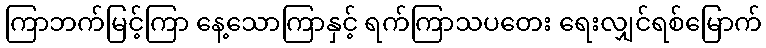
ကြာဘက်မြင့်ကြာ နေ့သောကြာနှင့် ရက်ကြာသပတေး ရေးလျှင်ရစ်မြောက်